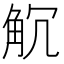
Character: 𧣍